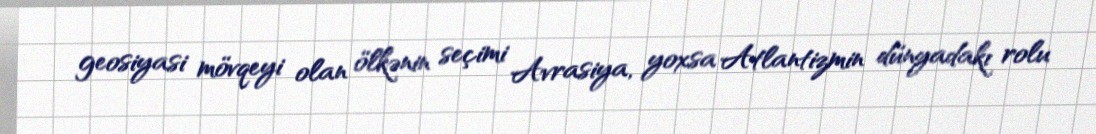
geosiyasi mövqeyi olan ölkənin seçimi Avrasiya, yoxsa Atlantizmin dünyadakı rolu